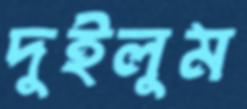
দুইলুম